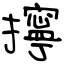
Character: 擰